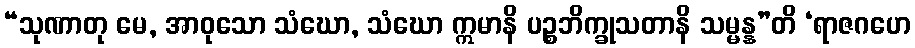
“သုဏာတု မေ, အာဝုသော သံဃော, သံဃော ဣမာနိ ပဉ္စဘိက္ခုသတာနိ သမ္မန္န”တိ ‘ရာဇဂဟေ